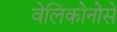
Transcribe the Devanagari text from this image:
वेलिकोनोसे